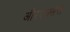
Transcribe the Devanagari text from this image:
औरएक्सेल